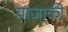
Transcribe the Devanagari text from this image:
याजाकी